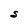
Character: S